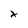
Character: x